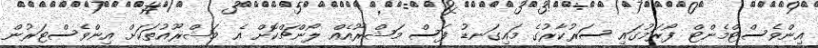
އިންވެސްޓްމެންޓް ފޯރަމުގައި ސަރުކާރުގެ މައިގަނޑު ފަސް މަޝްރޫއެއް ލޯންޗްކޮށް އެ މަޝްރޫއުތަކަށް އިންވެސްޓަރުން